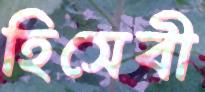
হিসেবী